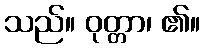
သည်။ ဝုတ္တာ၊ ၏။